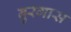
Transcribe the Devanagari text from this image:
बुरगास